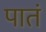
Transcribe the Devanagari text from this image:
पातं